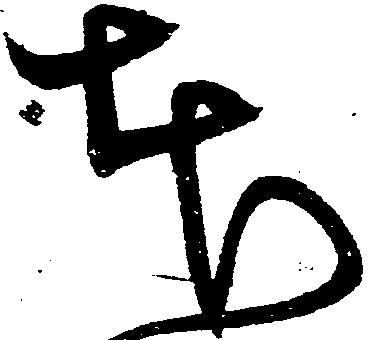
本